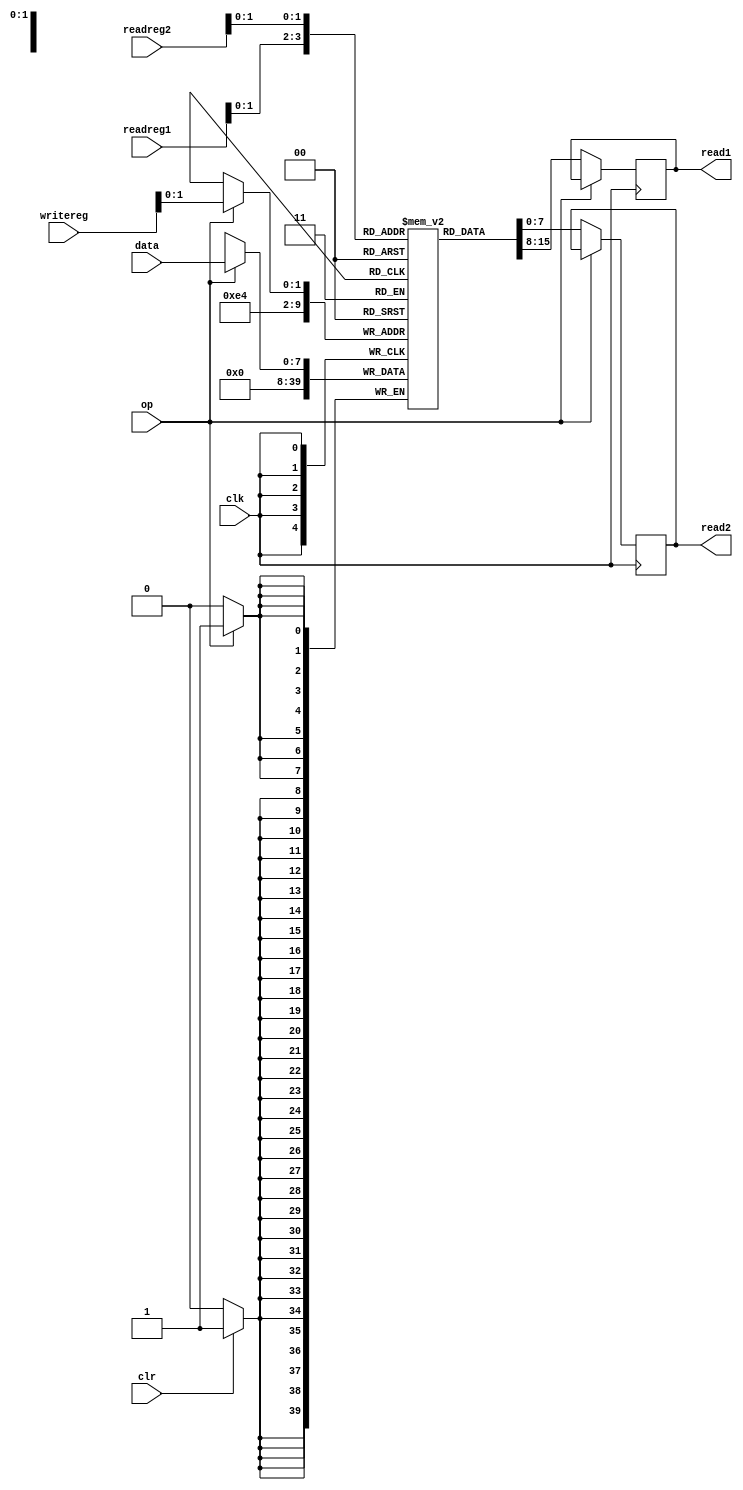
module regfile (readreg1,readreg2,writereg,data,clk,clr,op,read1,read2);
	input clk,clr,op;
	input [2:0] readreg1, readreg2, writereg;
	input [7:0] data;
	output [7:0] read1, read2;

	reg [7:0] registerfile [2:0]; //ada 3 register 8 bit
	integer i;

	always @(negedge clk) //write saat negative edge sehingga di posedge data siap
	begin 
		if(op == 1) //write ke register
			registerfile[writereg] <= data; //pilih register yang mau di write
		else if(op == 0) // read register
		begin
			read1 = registerfile[readreg1]; //untuk ngeread isi dari register
			read2 = registerfile[readreg2]; //untuk ngeread & butuh 2 register (operand) yang di read
		end
		if(clr == 1) //instruksi clear
			for(i = 0; i <= 3; i = i + 1) //clear semua register
			begin
				registerfile[i] <= 8'b0;
			end
	end
endmodule